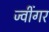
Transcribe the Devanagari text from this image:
ज्वींगर